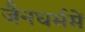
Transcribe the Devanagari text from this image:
जैनधर्ममें